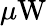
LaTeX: \mu\mathrm{W}